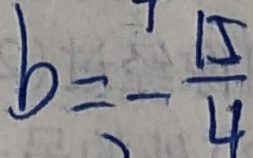
b = - \frac { 1 5 } { 4 }